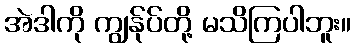
အဲဒါကို ကျွန်ုပ်တို့ မသိကြပါဘူး။